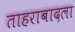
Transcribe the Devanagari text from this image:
ताहराबादला